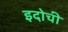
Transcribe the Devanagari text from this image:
इदोची